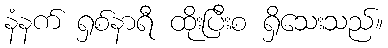
နံနက် ရှစ်နာရီ ထိုးပြီးစ ရှိသေးသည်။